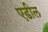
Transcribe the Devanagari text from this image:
एडील